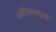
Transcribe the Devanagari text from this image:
पर्वतेश्‍वरस्वामी